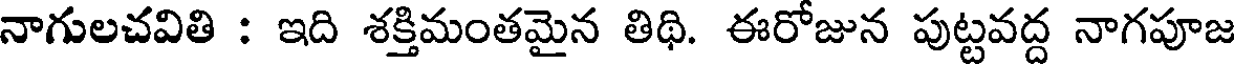
నాగులచవితి : ఇది శక్తిమంతమైన తిథి. ఈరోజున పుట్టవద్ద నాగపూజ